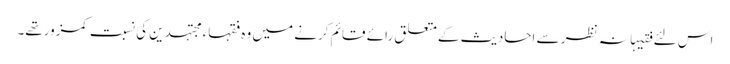
اس لئے فقیہانہ نظر سے احادیث کےمتعلق رائے قائم کرنے میں وہ فقہاء مجتہدین کی نسبت کمزورتھے۔